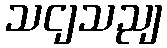
သငျသညျ